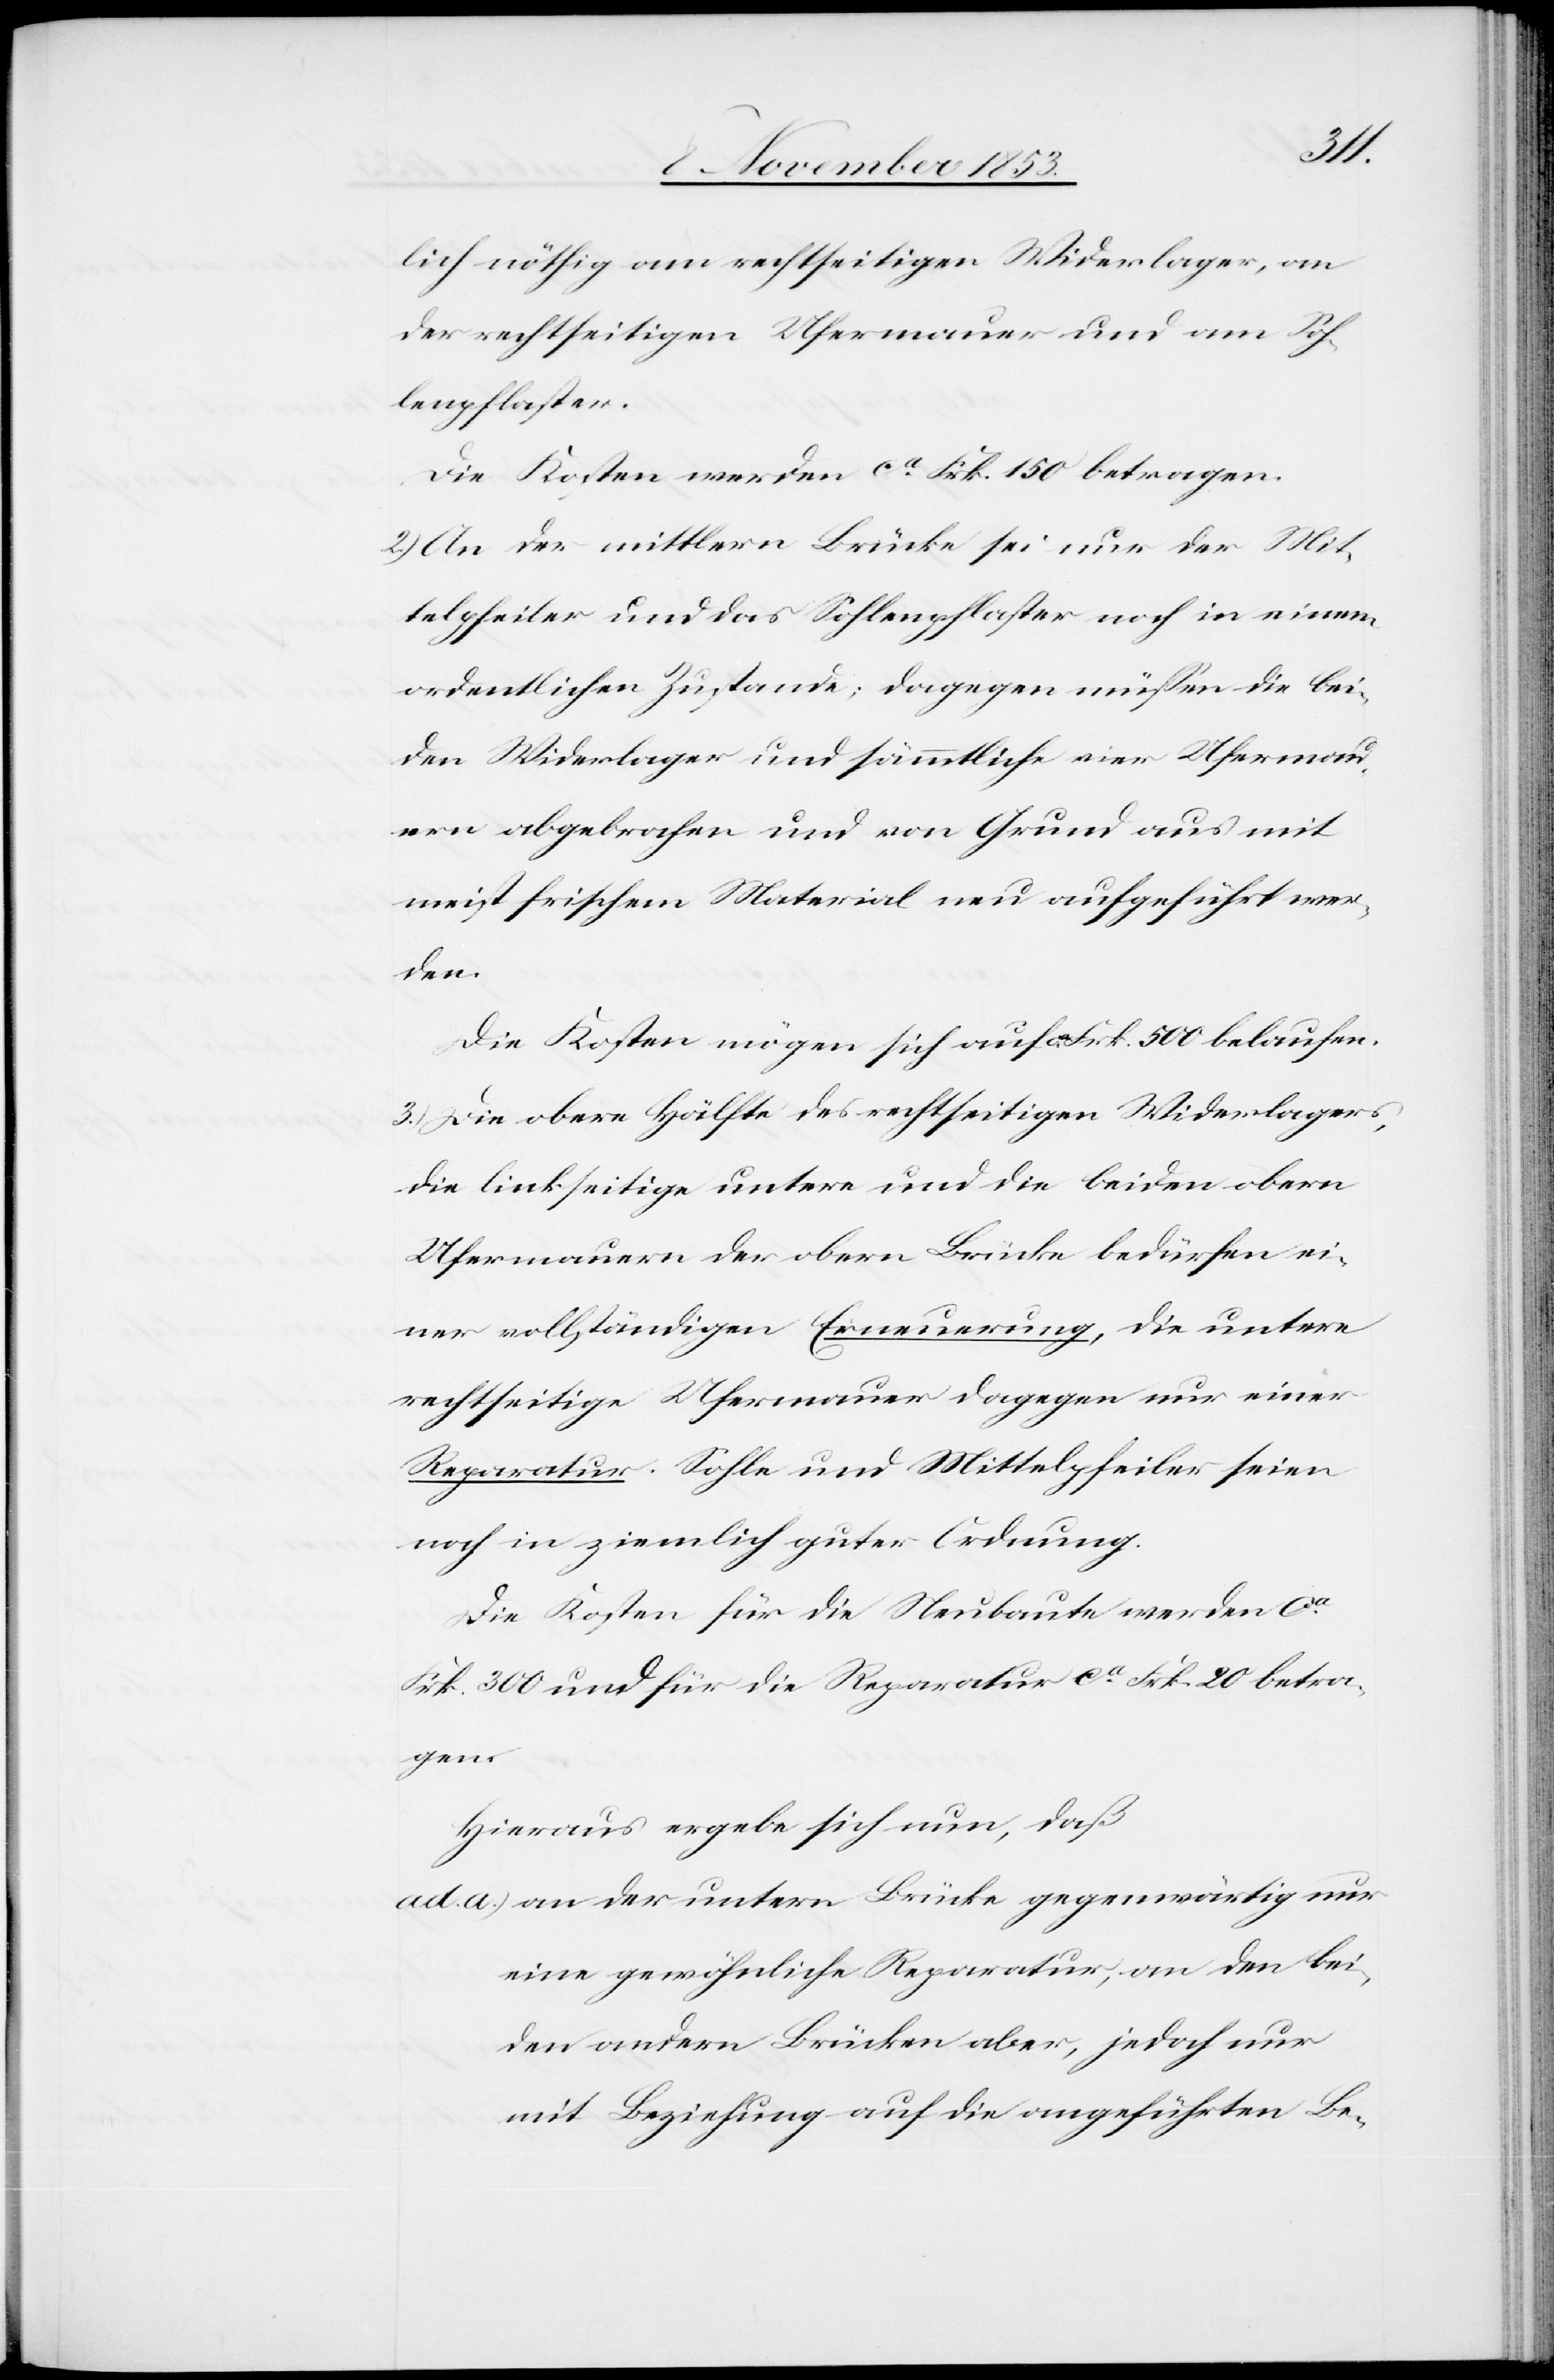
lich nöthig am rechtseitigen Widerlager, an
der rechtseitigen Ufermauer und am Soh¬
lenpflaster.
Die Kosten werden ca Frk. 150 betragen.
2.) An der mittlern Brücke sei nur der Mit¬
telpfeiler und das Sohlenpflaster noch in einem
ordentlichen Zustande dagegen müßen die bei¬
den Widerlager und sämmtliche vier Uferma¬
uern abgebrochen und von Grund aus mit
meist frischem Material neu aufgeführt wer¬
den.
Die Kosten mögen sich auf ca Frk. 500 belaufen.
3.) Die obere Hälfte des rechtseitigen Widerlagers,
die linkseitige untere und die beiden obern
Ufermauern der obern Brücke bedürfen ei¬
ner vollständigen Erneuerung, die untere
rechtseitige Ufermauer dagegen nur einer
Reparatur. Sohle und Mittelpfeiler seien
noch in ziemlich guter Ordnung.
Die Kosten für die Neubaute werden ca
Frk. 300 und für die Reparatur ca Frk. 20 betra¬
gen.
Hieraus ergebe sich nun, daß
ad a) an der untern Brücke gegenwärtig nur
eine gewöhnliche Reparatur, an den bei¬
den andern Brücken aber, jedoch nur
mit Beziehung auf die angeführten Be-